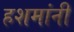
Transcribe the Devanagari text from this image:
हशमांनी